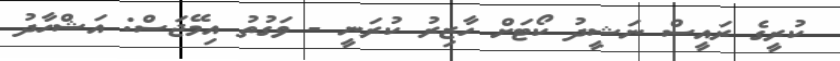
ކުރީގެ ރައީސް ނަޝީދު ކޯޓަށް ހާޒިރު ކުރަނީ - ވަގުތު އިމޭޖަސް: އަޝްހާދު